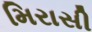
મિરાસી